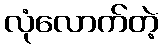
လုံလောက်တဲ့